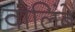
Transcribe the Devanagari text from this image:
वालिंबे